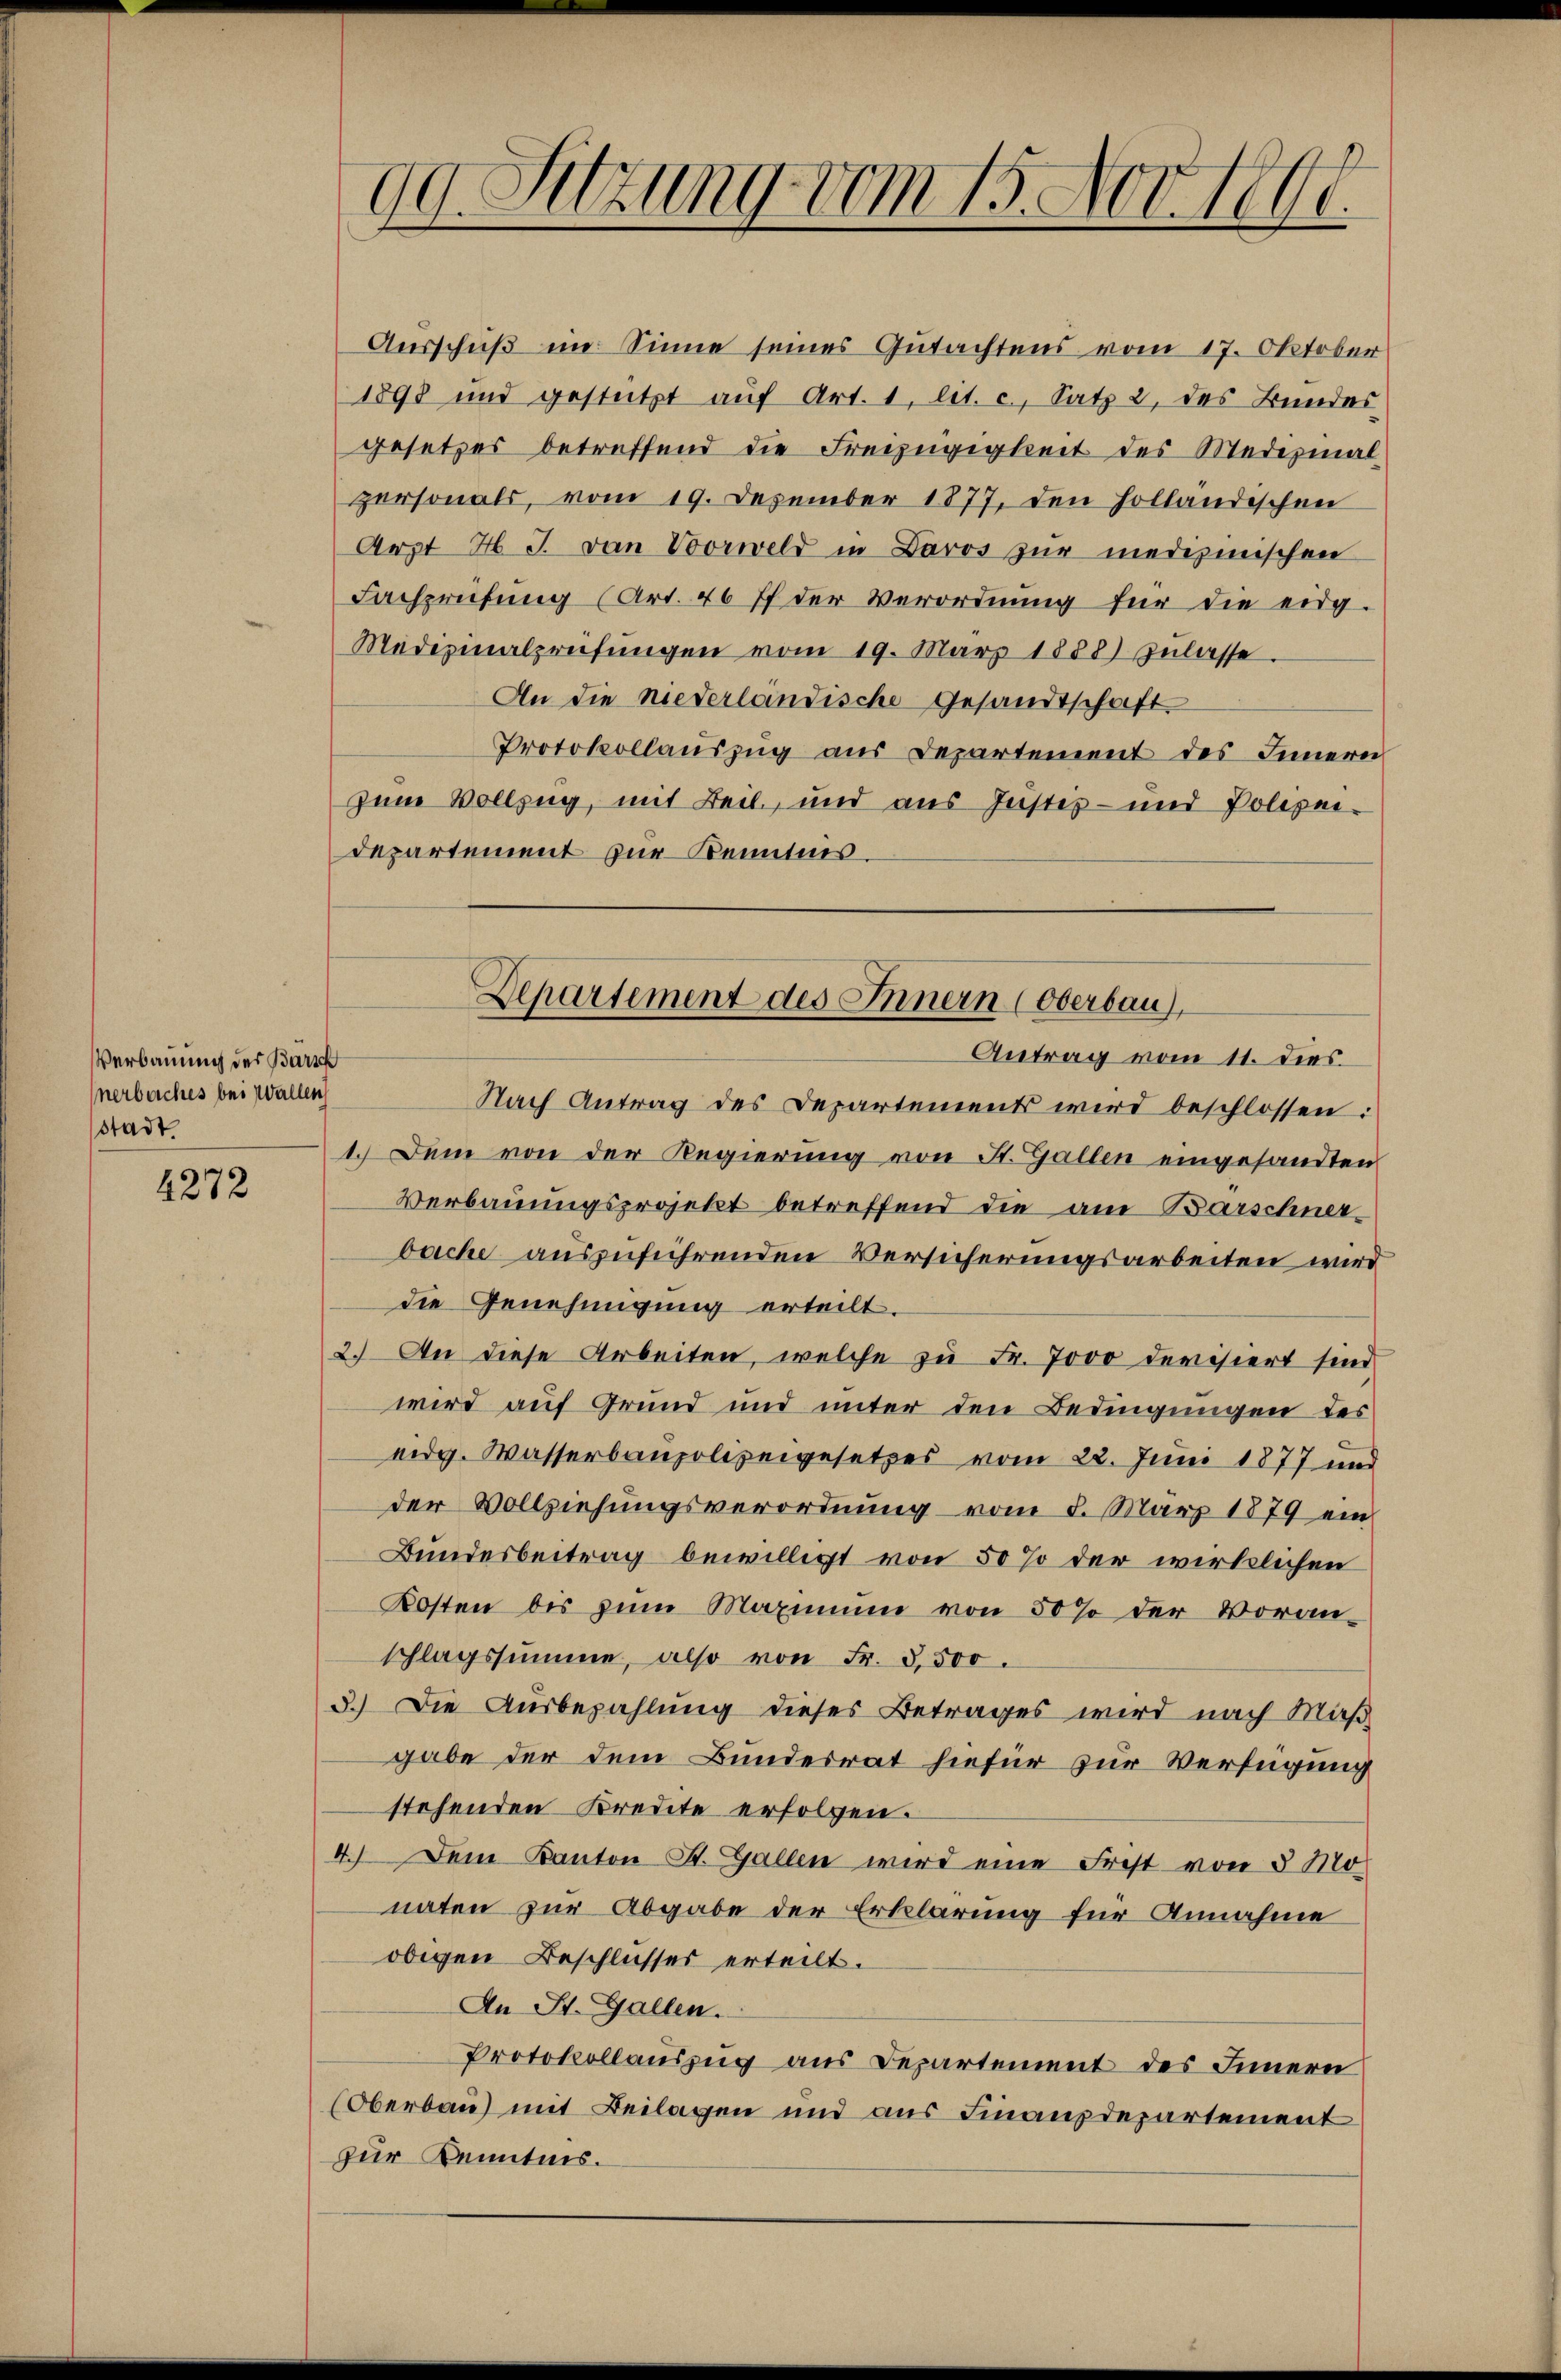
Verbauung der Barsch
nerbaches bei Wallen
stadt.

1272

Ausschuß im Sinne seines Gutachtens vom 17. Oktober
1898 und gestützt aŭf Art. 1, lit. c., Satz 2 des Bundes
gesetzes betreffend die Freizügigkeit des Medizinal-
personals, vom 19. Dezember 1877, den holländischen
Arzt H. J. von Vorweld in Baros zur medizinischen
Fachprüfung (Art. 46 ff der Verordnung für die eidg.
Medesmalprüfŭngen vom 19. März 1888) zŭlasse.
An die niederländische Gesandtschaft
Protokollaŭszŭg aŭs Departement des Innern
zum Vollzug, mit Beil, und aus Justes- und Polizeidepartement zur Kenntnis.

99. Sitzung vom 15. Nov. 1891

Nach Antrag des Departements wird beschlossen:
1. Dem von der Regierung von St. Gallen eingesandten
Verbauungsprojekt betreffend die am Barschner
bache auszuführenden Versicherungsarbeiten wird
die Genehmigung erteilt.
2.) An diese Arbeiten, welche zu Fr. 7000 devisiert sind
wird auf Grund und unter den Bedingungen des
eidg. Wasserbaupolizeigesetzes vom 22. Juni 1877 und
der Vollziehungsverordnung vom 8. März 1879 ein
Bundesbeitrag bewilligt von 50 % der wirklichen
Kosten bis zum Maximum von 50 % der Voran-
schlagssumme, also von Fr. 3500.
3.) Die Ausbezahlung dieser Betrages wird nach Maß
gabe der dem Bundesrat hiefür zur Verfügung
stehenden Kredite erfolgen.
4.) Dem Kanton St. Gallen wird eine Frist von 3 Monaten zur Abgabe der Erklärung für Annahme
obigen Beschlusses erteilt.
An St. Gallen.
Protokollauszug aus Departement des Innern
(Oberbau) mit Beilagen und aus Finanzdepartement
zur Kenntnis.

Departement des Innern (Oberbau),
Antrag vom 11. dies